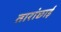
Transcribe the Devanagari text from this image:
तारांछाई